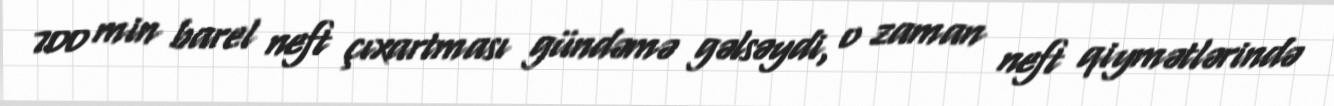
700 min barel neft çıxartması gündəmə gəlsəydi, o zaman neft qiymətlərində